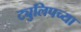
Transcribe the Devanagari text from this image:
ट्युलिपच्या